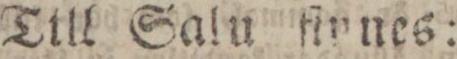
Till Salu flnues: